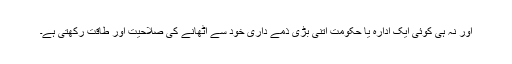
اور نہ ہی کوئی ایک ادارہ یا حکومت اتنی بڑی ذمے داری خود سے اٹھانے کی صلاحیت اور طاقت رکھتی ہے۔